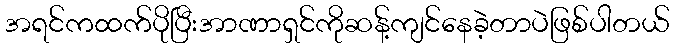
အရင်ကထက်ပိုပြီးအာဏာရှင်ကိုဆန့်ကျင်နေခဲ့တာပဲဖြစ်ပါတယ်